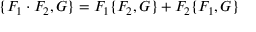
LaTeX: \{ F _ { 1 } \cdot F _ { 2 } , G \} = F _ { 1 } \{ F _ { 2 } , G \} + F _ { 2 } \{ F _ { 1 } , G \}